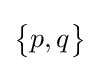
{\begin{Bmatrix}p,q\end{Bmatrix}}